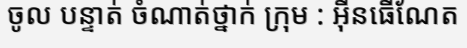
ចូល បន្ទាត់ ចំណាត់ថ្នាក់ ក្រុម : អ៊ីនធើណែត